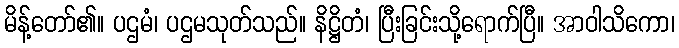
မိန့်တော်၏။ ပဌမံ၊ ပဌမသုတ်သည်။ နိဋ္ဌိတံ၊ ပြီးခြင်းသို့ရောက်ပြီ။ အာဝါသိကော၊